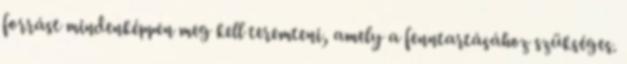
forrást mindenképpen meg kell teremteni, amely a fenntartásához szükséges.